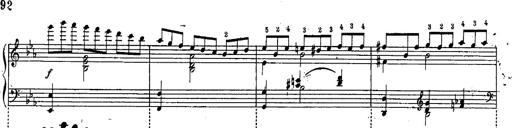
Title: Schubert's Impromptus [revised and edited by Franz Liszt]
Composer: Franz Liszt